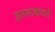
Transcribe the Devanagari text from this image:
ज्ञानशाखाव्दारे